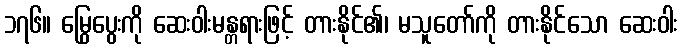
၁၇၆။ မြွေပွေးကို ဆေးဝါးမန္တရားဖြင့် တားနိုင်၏၊ မသူတော်ကို တားနိုင်သော ဆေးဝါး